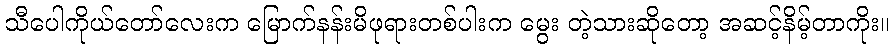
သီပေါကိုယ်တော်လေးက မြောက်နန်းမိဖုရားတစ်ပါးက မွေး တဲ့သားဆိုတော့ အဆင့်နိမ့်တာကိုး။